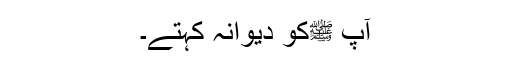
آپ ﷺکو دیوانہ کہتے۔